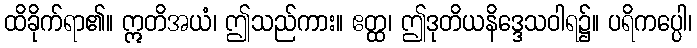
ထိခိုက်ရာ၏။ ဣတိအယံ၊ ဤသည်ကား။ ဧတ္ထ၊ ဤဒုတိယနိဒ္ဒေသဝါရ၌။ ပရိကပ္ပေါ၊